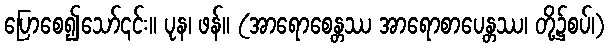
ပြောစေ၍သော်၎င်း။ ပုန၊ ဖန်။ (အာရောစေန္တဿ အာရောစာပေန္တဿ၊ တို့၌စပ်၊)